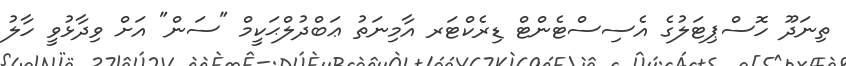
ތިނަދޫ ހޮސްޕިޓަލުގެ އެސިސްޓެންޓް ޑިރެކްޓަރ އާމިނަތު ޢަބްދުލްޙަކީމް "ސަން" އަށް ވިދާޅުވީ ހާލު